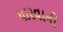
ધારવાની